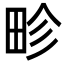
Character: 畛